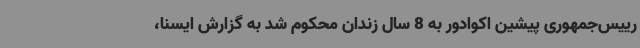
رییس‌جمهوری پیشین اکوادور به 8 سال زندان محکوم شد به گزارش ایسنا،